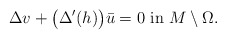
\begin{align*}\Delta v + \big( \Delta'(h) \big)\bar u=0 \mbox{ in } M\setminus \Omega.\end{align*}